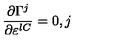
\frac { \partial \Gamma ^ { j } } { \partial \varepsilon ^ { l C } } = 0 , j